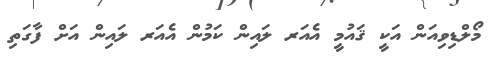
މޯލްޑިވިއަން އަކީ ޤައުމީ އެއަރ ލައިން ކަމުން އެއަރ ލައިން އަށް ފާގަތި